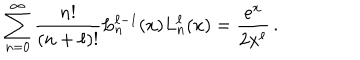
\sum _ { n = 0 } ^ { \infty } \frac { n ! } { ( n + \ell ) ! } L _ { n } ^ { \ell - 1 } ( x ) L _ { n } ^ { \ell } ( x ) = \frac { e ^ { x } } { 2 x ^ { \ell } } \, .